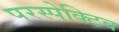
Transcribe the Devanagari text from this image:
परस्पेक्टिव